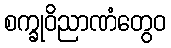
စက္ခုဝိညာဏံတွေဝ